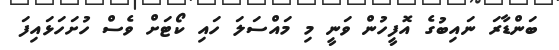
ބަންޑާރަ ނައިބުގެ އޮފީހުން ވަނީ މި މައްސަލަ ހައި ކޯޓަށް ވެސް ހުށަހަޅައިފަ